Black-water fever - Number 35
Disease focus: Fever
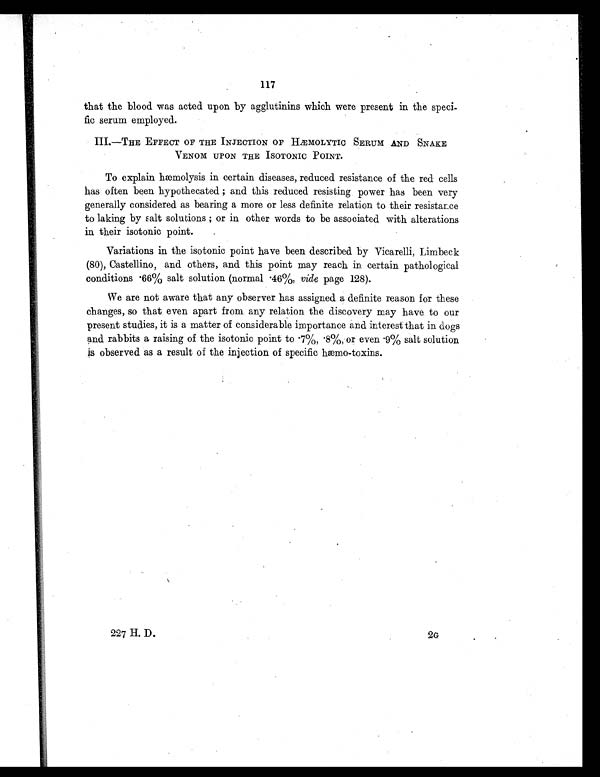
117
that the blood was acted upon by agglutinins which were present in the speci-
fic serum employed.
III. —EFFECT OF THE INJECTION OF HÆMOLYTIC SERUM AND SNAKE
VENOM UPON THE ISOTONIC POINT.
To explain hæmolysis in certain diseases, reduced resistance of the red cells
has often been hypothecated ; and this reduced resisting power has been very
generally considered as bearing a more or less definite relation to their resistance
to laking by salt solutions ; or in other words to be associated with alterations
in their isotonic point.
Variations in the isotonic point have been described by Vicarelli, Limbeck
(80), Castellino, and others, and this point may reach in certain pathological
conditions .66% salt solution (normal .46%, vide page 128).
We are not aware that any observer has assigned a definite reason for these
changes, so that even apart from any relation the discovery may have to our
present studies, it is a matter of considerable importance and interest that in dogs
and rabbits a raising of the isotonic point to .7%, .8%, or even .9% salt solution
is observed as a result of the injection of specific hæmo-toxins.
227 H. D.
2G